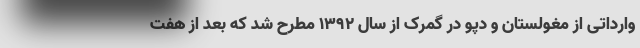
وارداتی از مغولستان و دپو در گمرک از سال ۱۳۹۲ مطرح شد که بعد از هفت